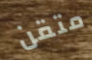
متقن